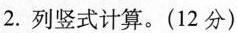
2.列竖式计算。(12分)